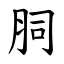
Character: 䏤